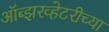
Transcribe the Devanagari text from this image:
ऑब्झरव्हेटरीच्या